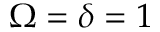
\Omega = \delta = 1